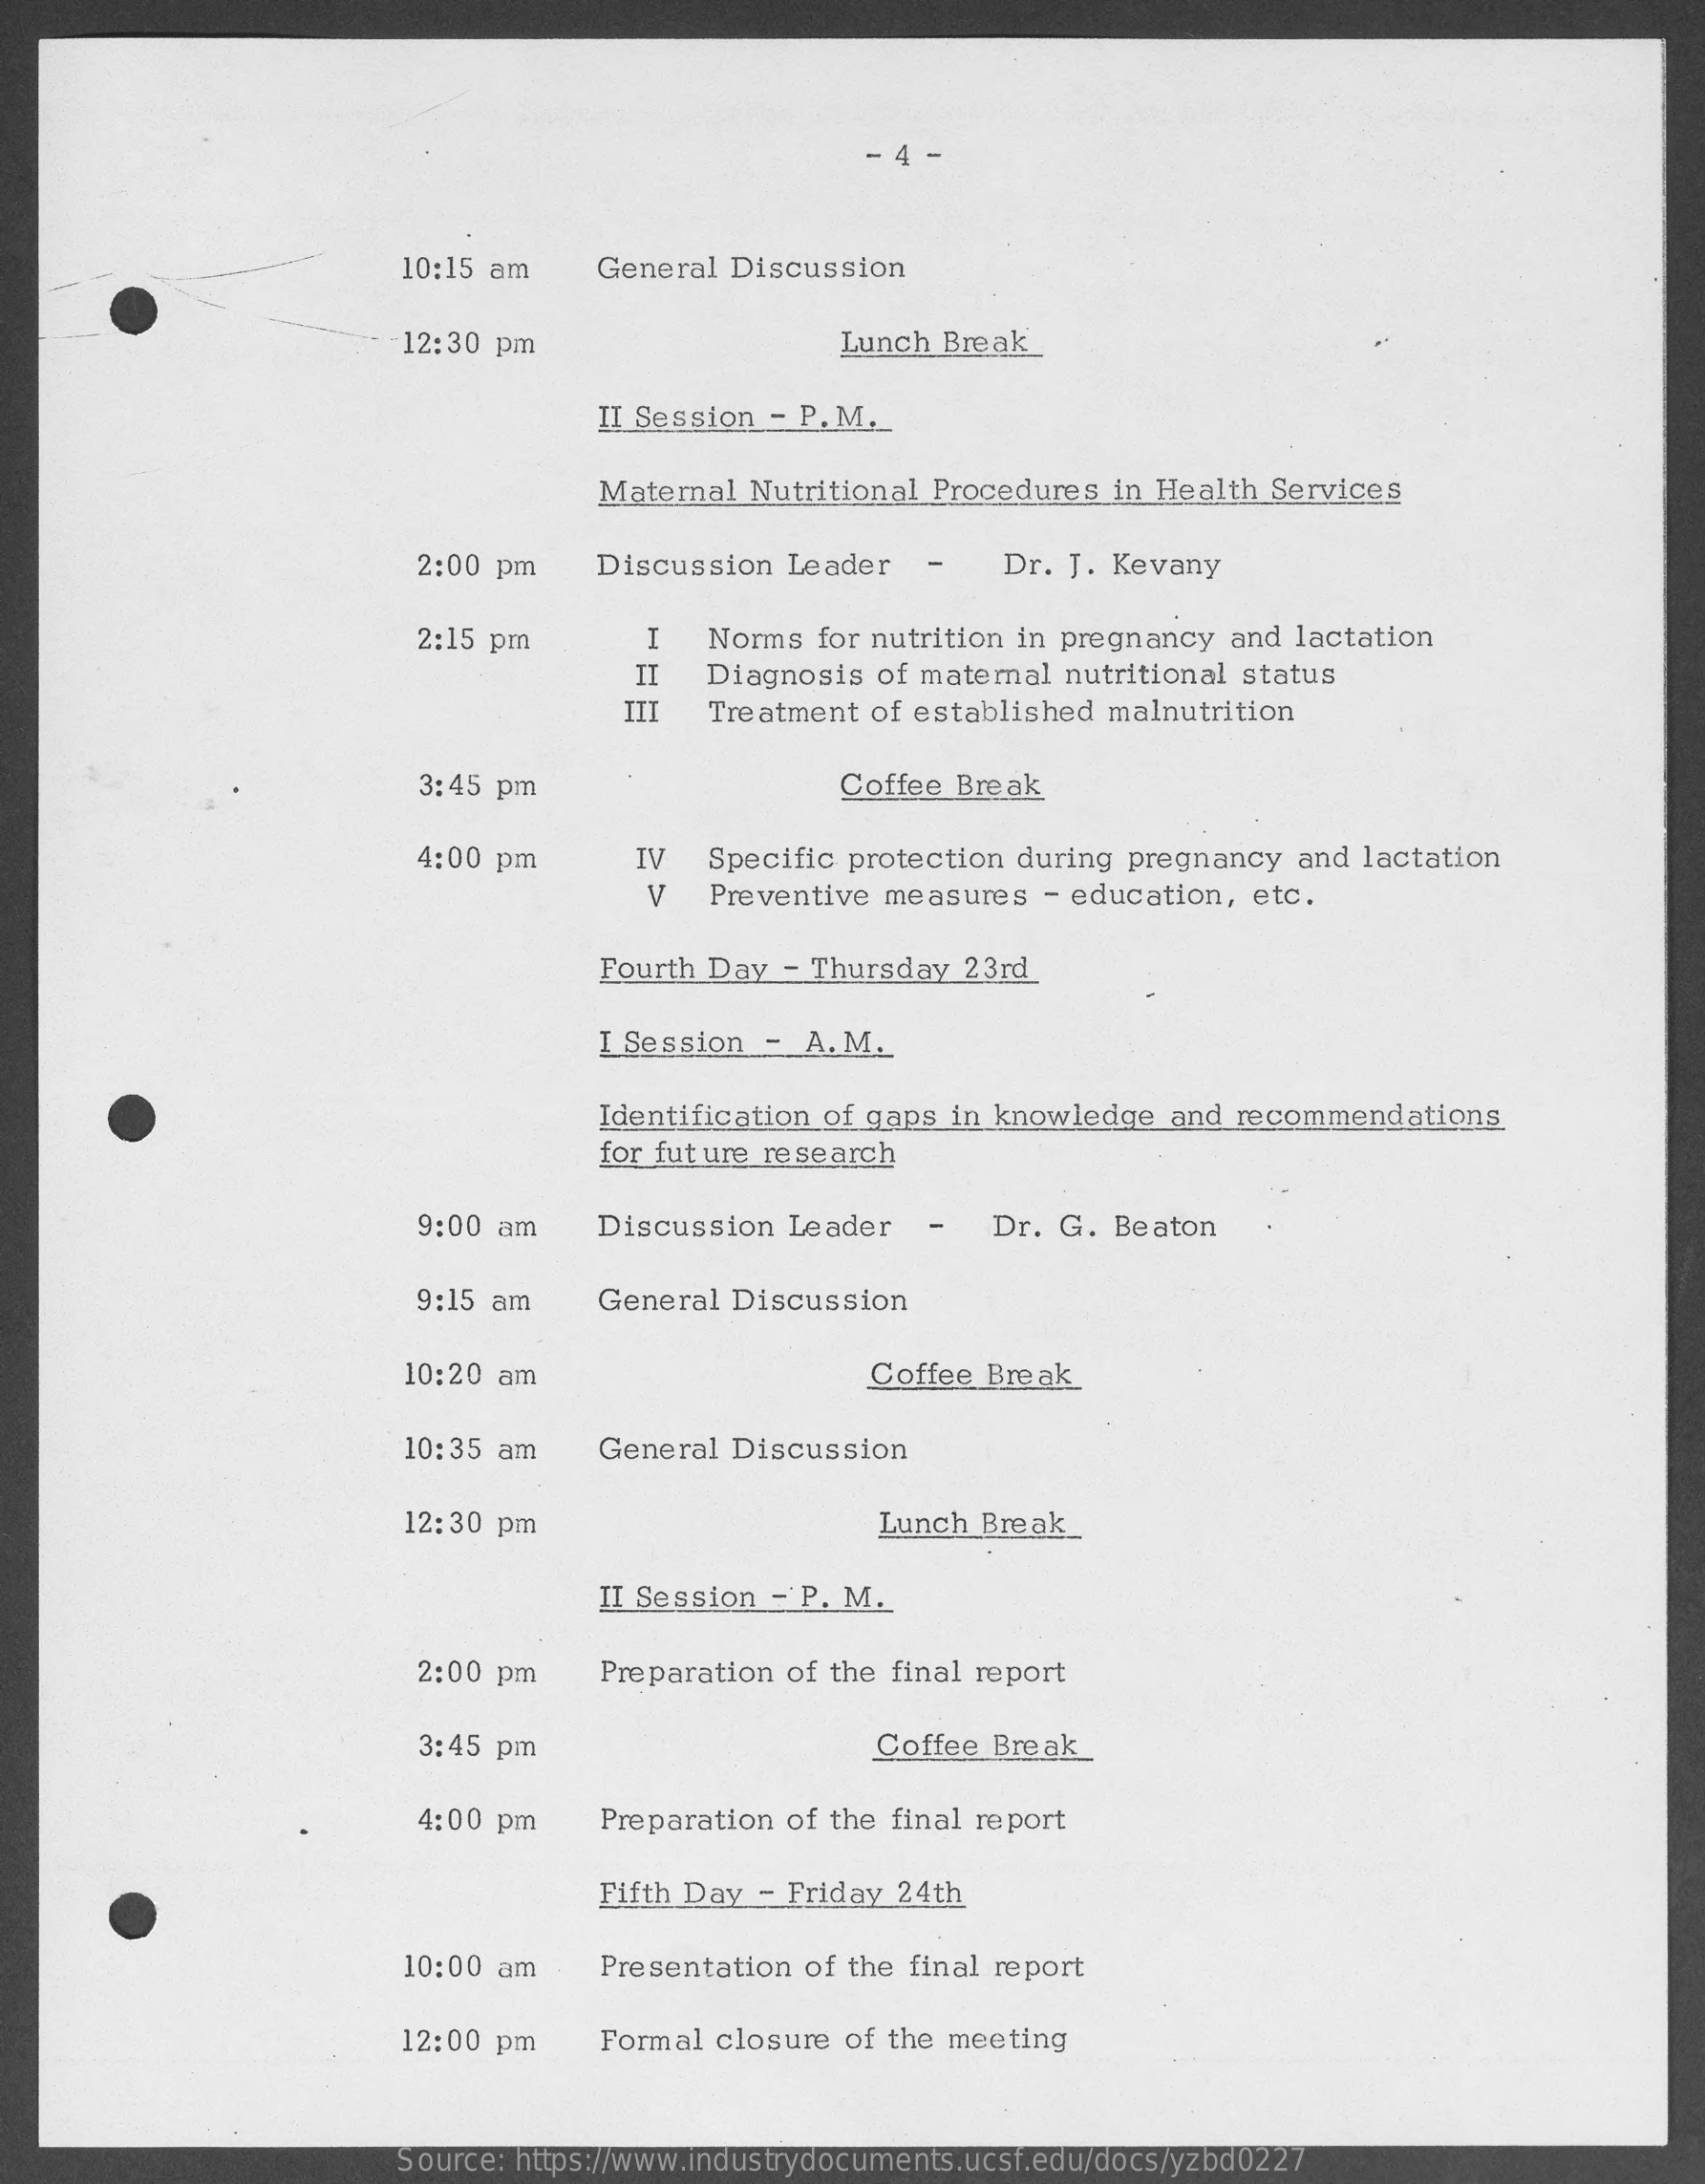
4
     10:15 am    General Discussion
     12:30 pm    Lunch Break
     II Session - P. M ._
     Maternal  Nutritional Procedures in Health  Services
     2:00 pm    Discussion  Leader   -    Dr. J. Kevany
     2:15 pm    I   Norms  for nutrition in pregnancy and lactation
     Diagnosis  of maternal nutritional status
     Treatment  of established malnutrition
     3:45 pm    Coffee Break
     4:00 pm    IV
     V
     Specific protection during pregnancy  and lactation
     Preventive measures   - education, etc.
     Fourth Day  - Thursday  23rd
     I Session  - A. M.
     Identification of gaps in knowledge  and recommendations
     for future research
     9:00 am    Discussion  Leader   -   Dr.  G. Beaton
     9:15 am    General Discussion
     10:20 am    Coffee Break
     10:35 am    General Discussion
     12:30 pm    Lunch  Break_
     II Session - P. M.
     2:00 pm    Preparation of the final report
     3:45 pm    Coffee Break
     4:00 pm    Preparation of the final report
     Fifth Day - Friday 24th
     10:00 am    Presentation of the final report
     12:00 pm    Formal closure  of the meeting
     Source: https://www.industrydocuments.ucsf.edu/docs/yzbd0227